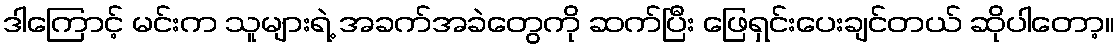
ဒါကြောင့် မင်းက သူများရဲ့ အခက်အခဲတွေကို ဆက်ပြီး ဖြေရှင်းပေးချင်တယ် ဆိုပါတော့။